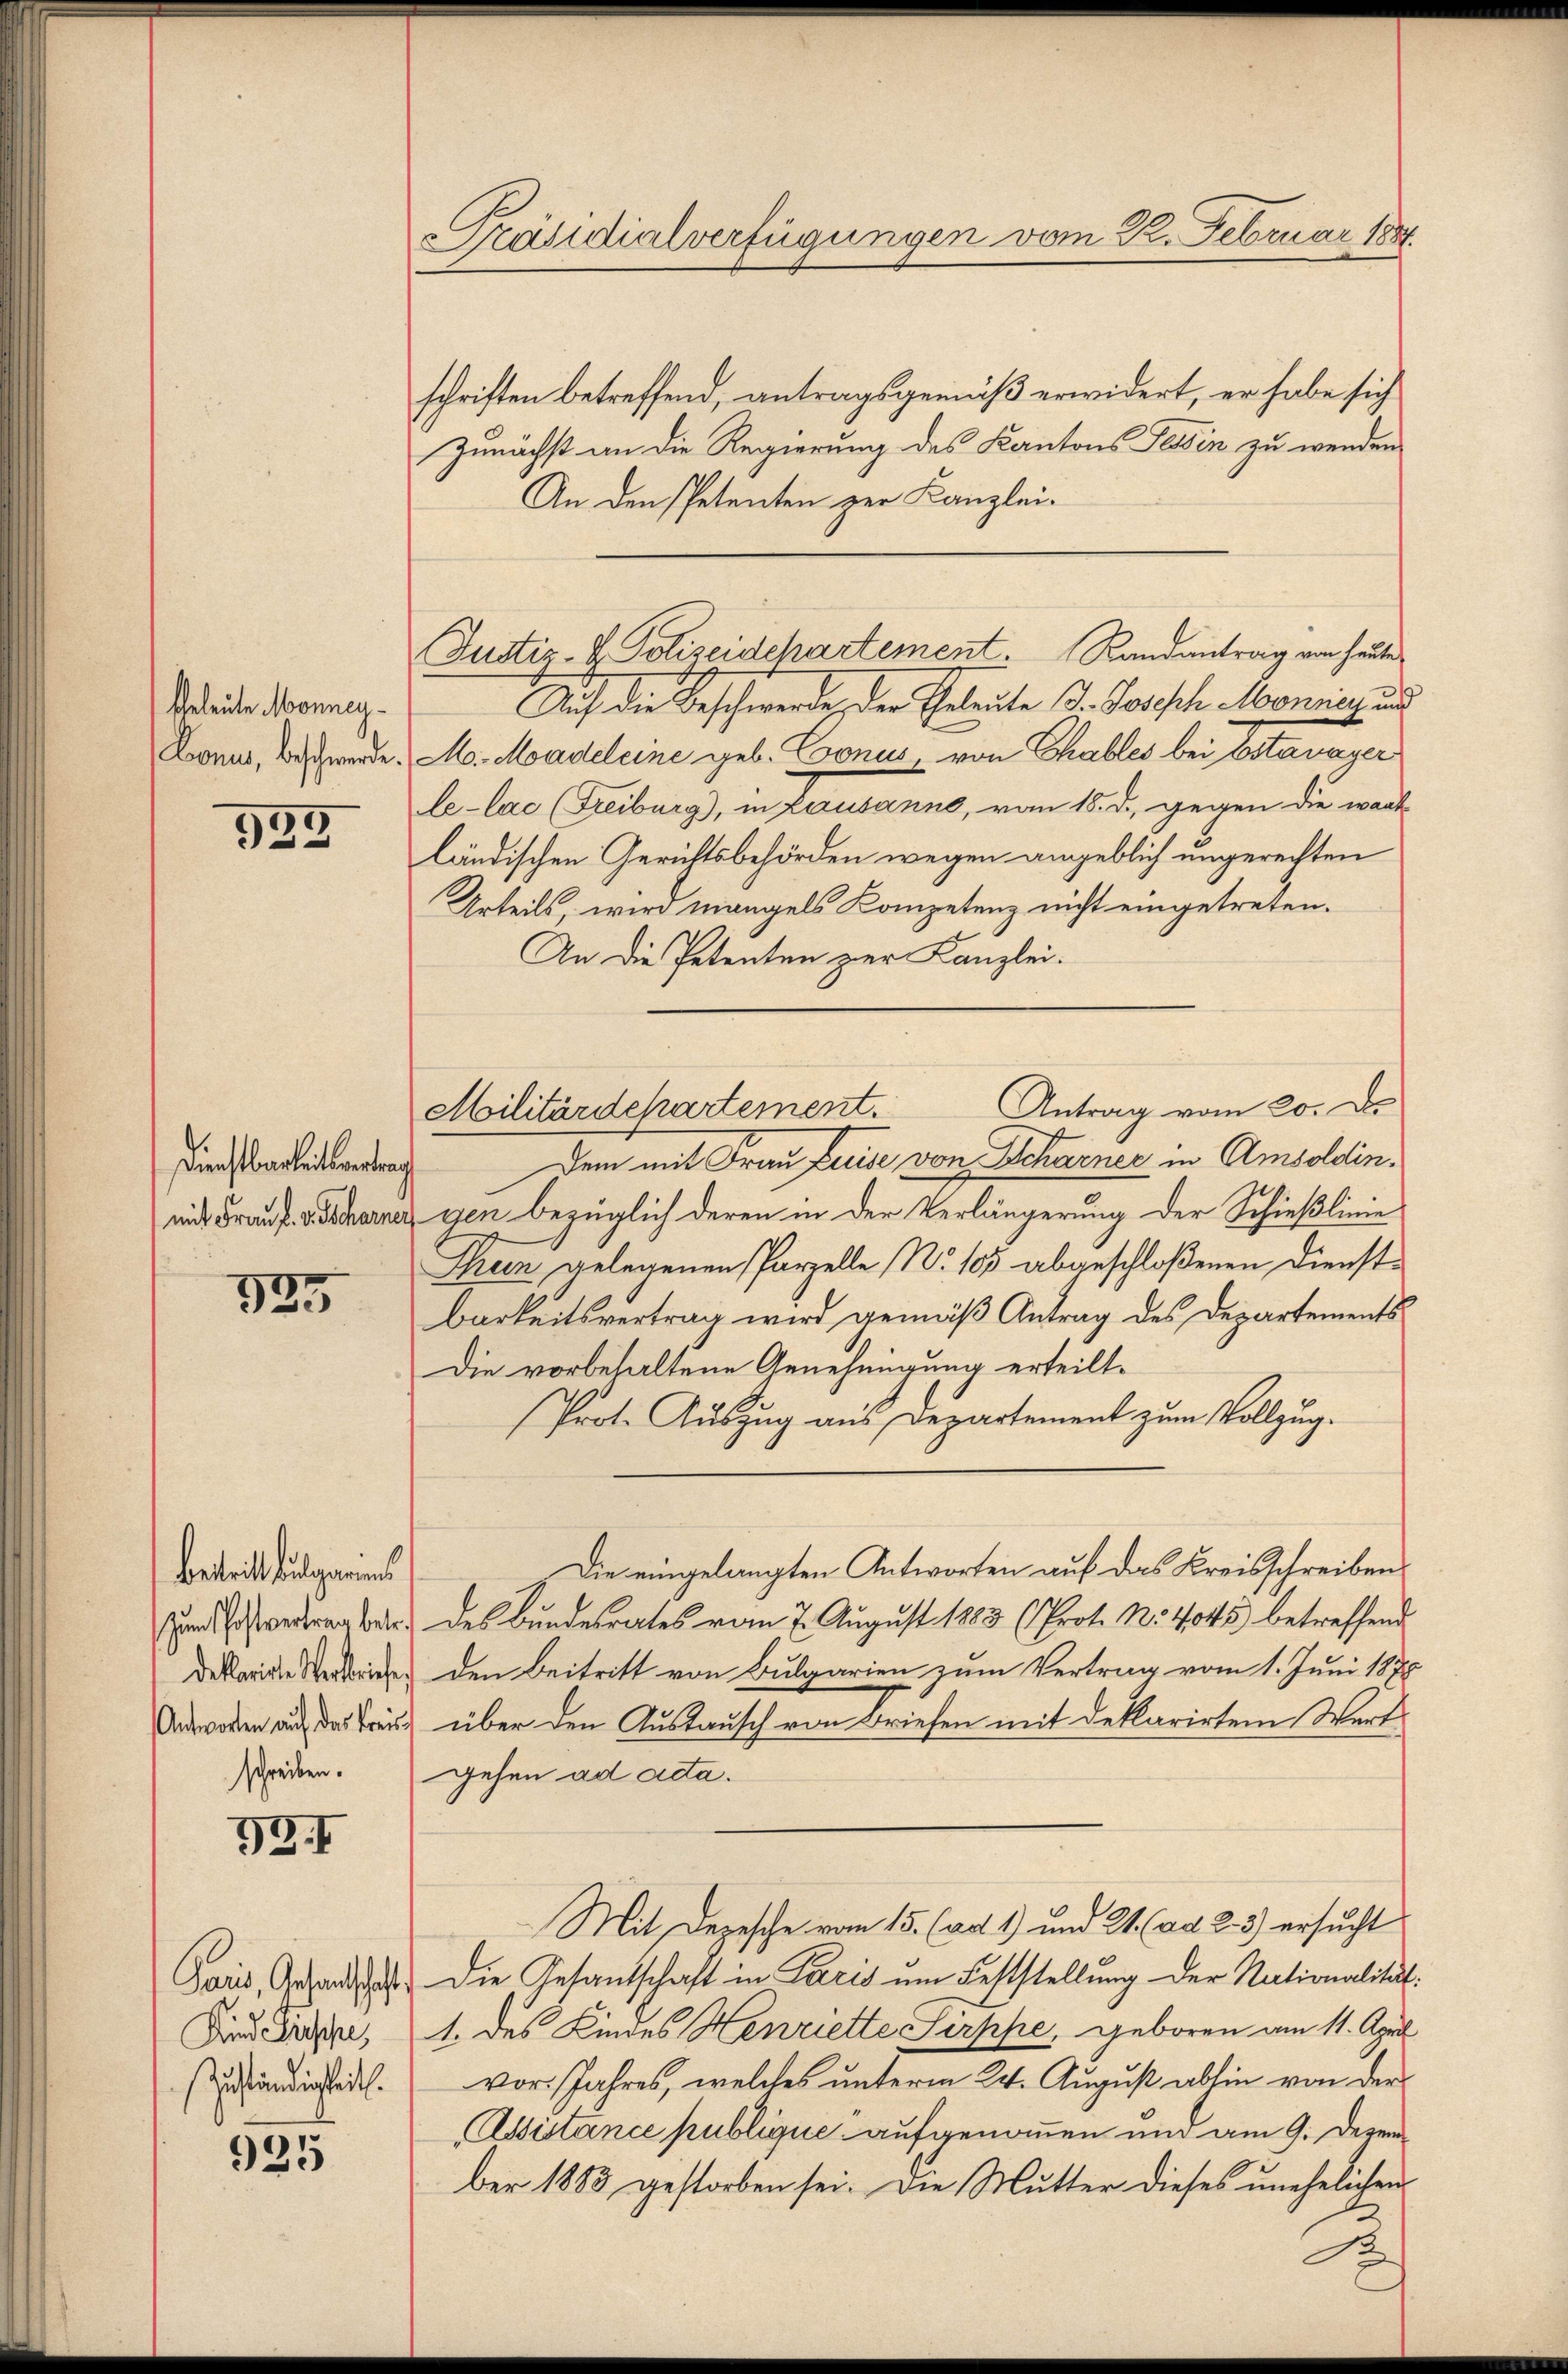
Eheleute Monney¬
Eonus, beschwerde.

935

Dienstbarkeitsvertrag

325

Betritt ulgemeins
schreiben.

19.1

Kind Grosche,
Zuständigkeit.

925

Präsidialverfügungen vom 22. Februar 1884.

Justiz- & Polizeidchartement. Randantrag von heute

schriften betreffend, antragsgemäß erwidert, er habe sich
Zunächst an die Regierung des Kantons Tessin zu wenden
An den Petenten zur Kanzlei-
Auf die Beschwerde, der Erleute 3. Josisch Mannisch und
Mo. Moadeleine geb. Conus, von Chables bei Estavayer
le-lac (Freiburg), in Lausanne, vom 18. d. gegen die wart
ländischen Gerichtsbehörden wegen angeblich ungerechten
Urteils, wird mangels Kompetenz nicht eingetreten.
An die Petenten zur Kanzlei.
dem mit Frau Luise von Scharner in Amsoldin.
mit Frau P. V. Scharner egen bezüglich deren in der Verlängerung der Schießlinie
Thun gelegenen Parzelle No 105 abgeschloßenen Dienstbarkeitsvertrag wird gemäß Antrag des Departements
Die vorbehaltene Genehmigung erteilt.
Prot. Auszug aus Departement zum Vollzug.
Die eingelangten Antworten auf das Kreisschreiben
Zundesvertrag betr. des Bundesrates vom 7. August 1883 (Prot. N. 4045 betreffend
dekorirte Seiterie, den Beitritt von Bulgarien zum Vertrag vom 1. Juni 1878
Antworten auf das Treuss über den Austausch von Briefen mit deklarirten Wert
gehen ad acta.
Mit Depesche vom 15. (ad 1) und 21. (ad 2. 3) ersucht
Pois, Gesandthat die Gesantschaft in Paris ŭm Feststellŭng der Nationalität¬
1. des Kindes Henriette Sirppe, geboren am 11. April
vor. Jahres, welches unterm 24. August abhin von der
Assistance publique aufgenommen und am 9. Dezem
ber 1883 gestorben sei. Die Mutter dieses unehelichen

Antrag vom 20. De
Militärdepartement.

13